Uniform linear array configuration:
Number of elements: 32
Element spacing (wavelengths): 0.25
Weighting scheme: hamming
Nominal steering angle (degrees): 15
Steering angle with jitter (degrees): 15.497
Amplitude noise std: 0.05
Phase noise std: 0.05

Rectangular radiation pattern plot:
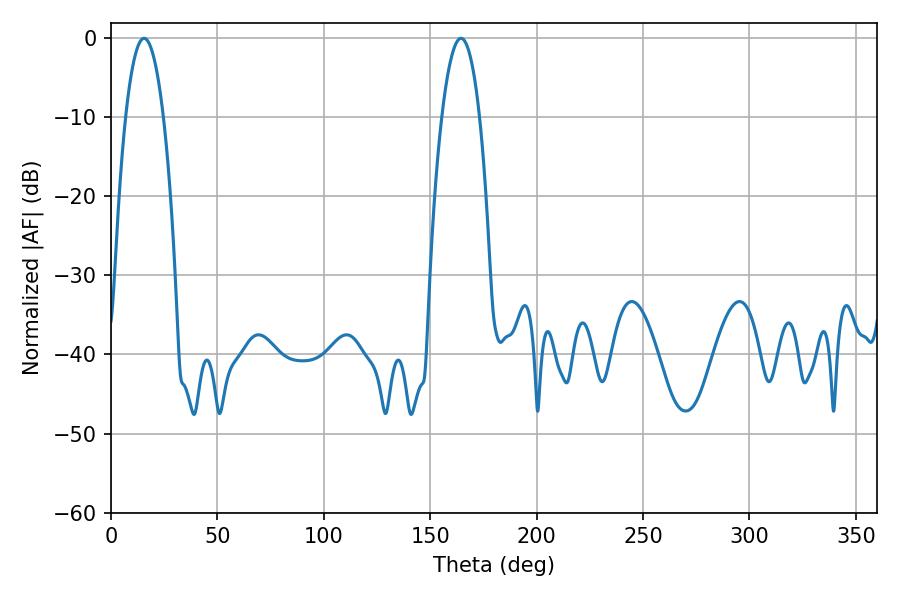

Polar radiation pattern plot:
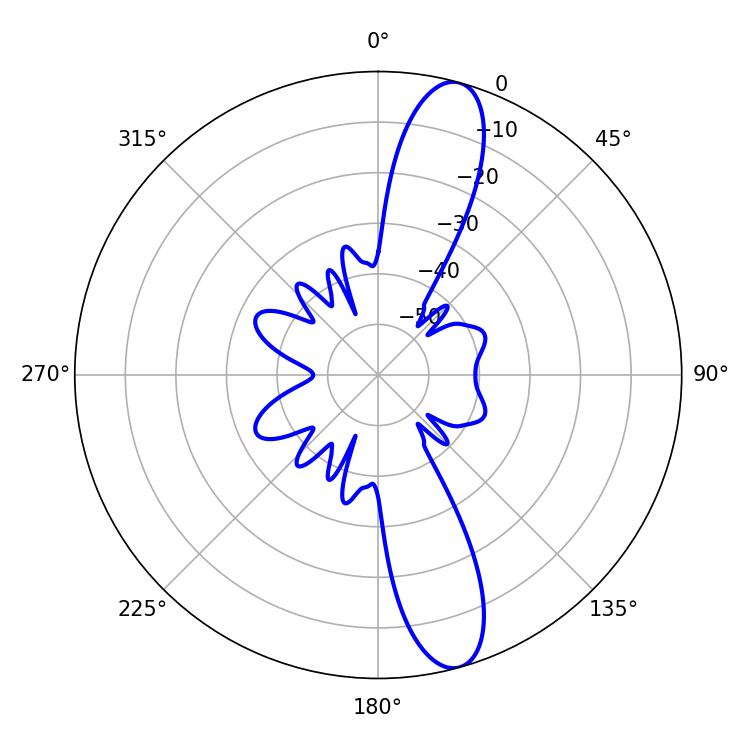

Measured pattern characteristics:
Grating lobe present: FALSE
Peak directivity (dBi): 13.071
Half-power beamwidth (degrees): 9.9
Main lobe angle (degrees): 15.48